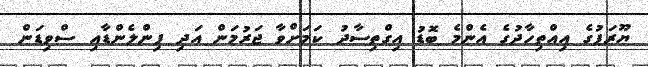
ޔޫރަޕުގެ އިއްތިހާދުގެ އެންމެ ބޮޑު އިގްތިސާދު ކަމަށްވާ ޖަރުމަން އަދި ފިންލެންޑާއި ސްވިޑަން